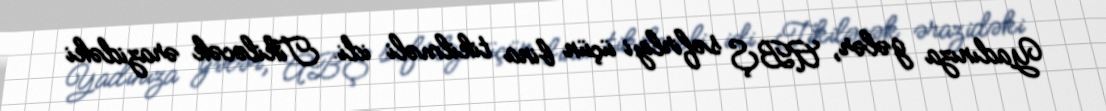
Yadınıza gələr, ABŞ səfirliyi üçün bina tikilməli idi. Tikiləcək ərazidəki